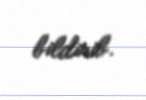
bildirib.